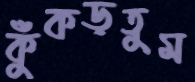
কুঁকড়তুম